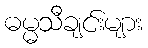
ဓမ္မသီချင်းများ